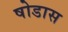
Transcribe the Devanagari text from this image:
षोडास